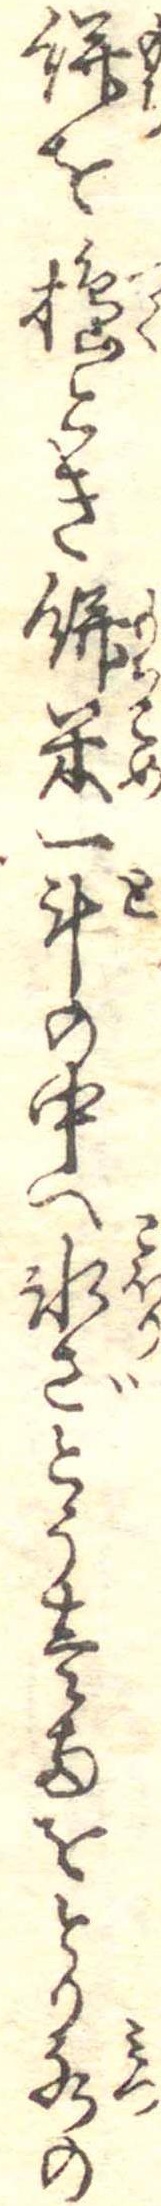
餅を搗とき餅米一斗の中へ氷ざとう壱両をとり水の